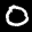
Label: 0